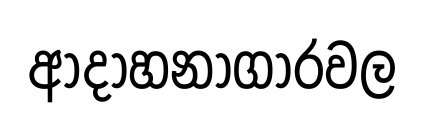
ආදාහනාගාරවල